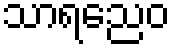
သာရညေဝ